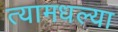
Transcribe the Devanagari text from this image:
त्यामधल्या